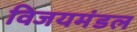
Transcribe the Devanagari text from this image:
विजयमंडल